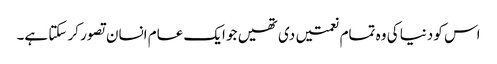
اس کو دنیا کی وہ تمام نعمتیں دی تھیں جو ایک عام انسان تصور کر سکتا ہے۔